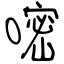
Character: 嘧